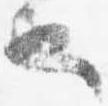
也